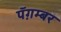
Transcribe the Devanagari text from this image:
पॅग़म्बर